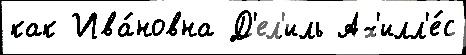
как Ива́новна Д'ел'иль Ах'илл'е́с